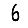
Digit: 6